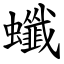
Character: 䘋